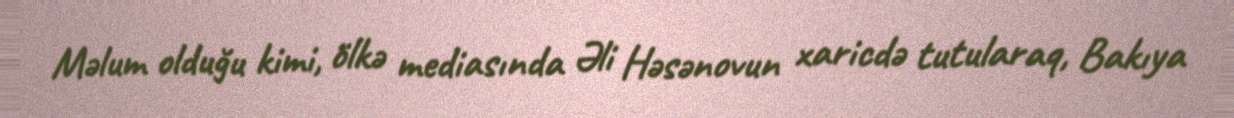
Məlum olduğu kimi, ölkə mediasında Əli Həsənovun xaricdə tutularaq, Bakıya